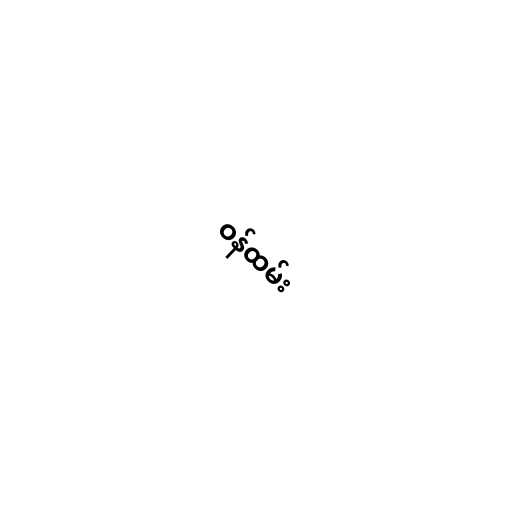
ဝန်ထမ်း